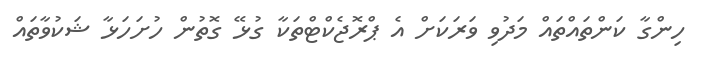
ހިންގާ ކަންތައްތައް މަދުވި ވަރަކަށް އެ ޕްރޮޖެކްޓްތަކާ ގުޅޭ ގޮތުން ހުށަހަޅާ ޝަކުވާތައް